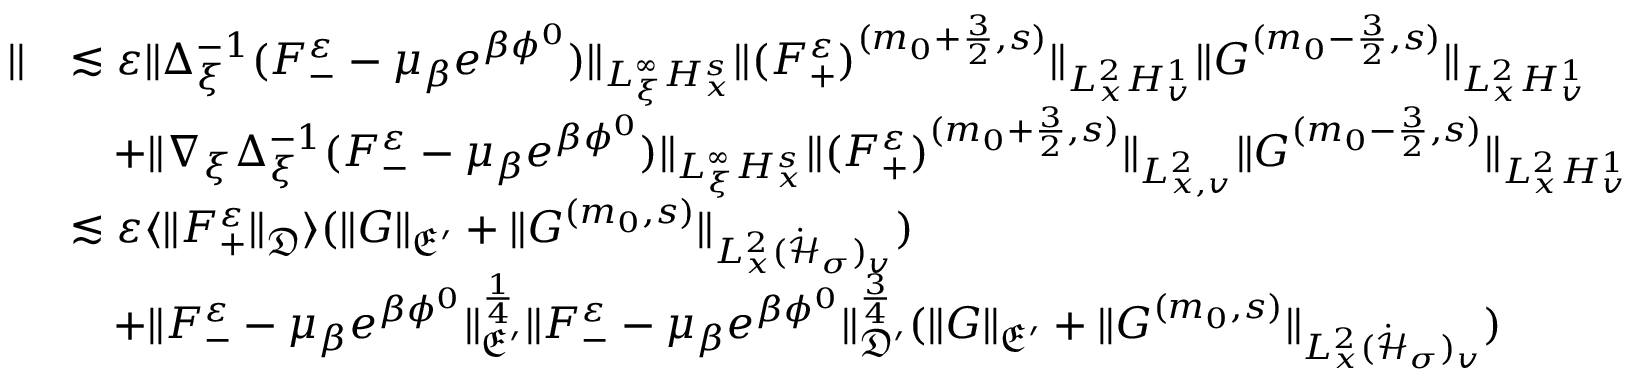
\begin{array} { r l } { | | } & { \lesssim \varepsilon \| \Delta _ { \xi } ^ { - 1 } ( F _ { - } ^ { \varepsilon } - \mu _ { \beta } e ^ { \beta \phi ^ { 0 } } ) \| _ { L _ { \xi } ^ { \infty } H _ { x } ^ { s } } \| ( F _ { + } ^ { \varepsilon } ) ^ { ( m _ { 0 } + \frac { 3 } { 2 } , s ) } \| _ { L _ { x } ^ { 2 } H _ { v } ^ { 1 } } \| G ^ { ( m _ { 0 } - \frac { 3 } { 2 } , s ) } \| _ { L _ { x } ^ { 2 } H _ { v } ^ { 1 } } } \\ & { \quad + \| \nabla _ { \xi } \Delta _ { \xi } ^ { - 1 } ( F _ { - } ^ { \varepsilon } - \mu _ { \beta } e ^ { \beta \phi ^ { 0 } } ) \| _ { L _ { \xi } ^ { \infty } H _ { x } ^ { s } } \| ( F _ { + } ^ { \varepsilon } ) ^ { ( m _ { 0 } + \frac { 3 } { 2 } , s ) } \| _ { L _ { x , v } ^ { 2 } } \| G ^ { ( m _ { 0 } - \frac { 3 } { 2 } , s ) } \| _ { L _ { x } ^ { 2 } H _ { v } ^ { 1 } } } \\ & { \lesssim \varepsilon \langle \| F _ { + } ^ { \varepsilon } \| _ { \mathfrak D } \rangle ( \| G \| _ { \mathfrak E ^ { \prime } } + \| G ^ { ( m _ { 0 } , s ) } \| _ { L _ { x } ^ { 2 } ( \dot { \mathcal H } _ { \sigma } ) _ { v } } ) } \\ & { \quad + \| F _ { - } ^ { \varepsilon } - \mu _ { \beta } e ^ { \beta \phi ^ { 0 } } \| _ { \mathfrak E ^ { \prime } } ^ { \frac { 1 } { 4 } } \| F _ { - } ^ { \varepsilon } - \mu _ { \beta } e ^ { \beta \phi ^ { 0 } } \| _ { \mathfrak D ^ { \prime } } ^ { \frac { 3 } { 4 } } ( \| G \| _ { \mathfrak E ^ { \prime } } + \| G ^ { ( m _ { 0 } , s ) } \| _ { L _ { x } ^ { 2 } ( \dot { \mathcal H } _ { \sigma } ) _ { v } } ) } \end{array}